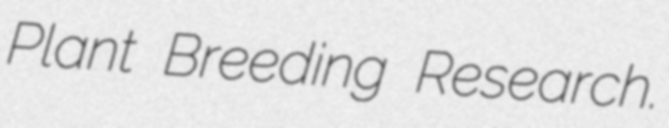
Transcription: Plant Breeding Research.